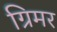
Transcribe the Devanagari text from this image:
ग्रिमर